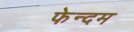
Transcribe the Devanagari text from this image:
फेन्दम